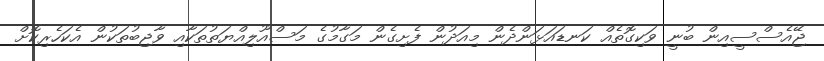
ޖޭއެސްސީއިން ބުނީ ވަކިގޮތެއް ކަނޑައަޅަންދެން މިއަދުން ފެށިގެން މަގާމުގެ މަސްއޫލިއްޔަތުތަކާއި ވާޖިބުތަކުން އެކަހެރިކޮށް